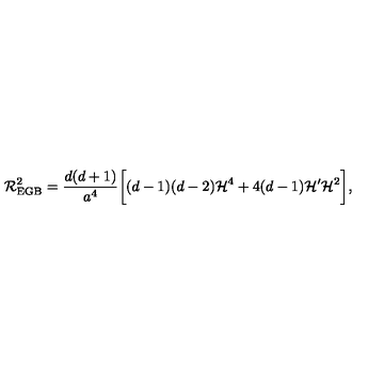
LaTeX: { \cal R } _ { \mathrm { E G B } } ^ { 2 } = \frac { d ( d + 1 ) } { a ^ { 4 } } \biggl [ ( d - 1 ) ( d - 2 ) { \cal H } ^ { 4 } + 4 ( d - 1 ) { \cal H } ^ { \prime } { \cal H } ^ { 2 } \biggr ] ,